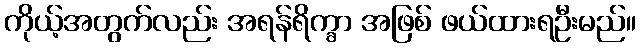
ကိုယ့်အတွက်လည်း အရန်ရိက္ခာ အဖြစ် ဖယ်ထားရဦးမည်။